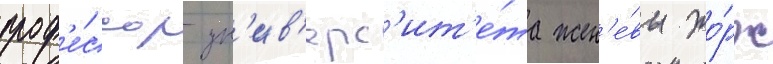
проф'е́ссор ун'ив'ерс'ит'е́та жен'е́вы жо́рж